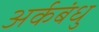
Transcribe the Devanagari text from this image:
अर्कबंधु